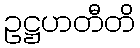
ဥဋ္ဌဟတီတိ